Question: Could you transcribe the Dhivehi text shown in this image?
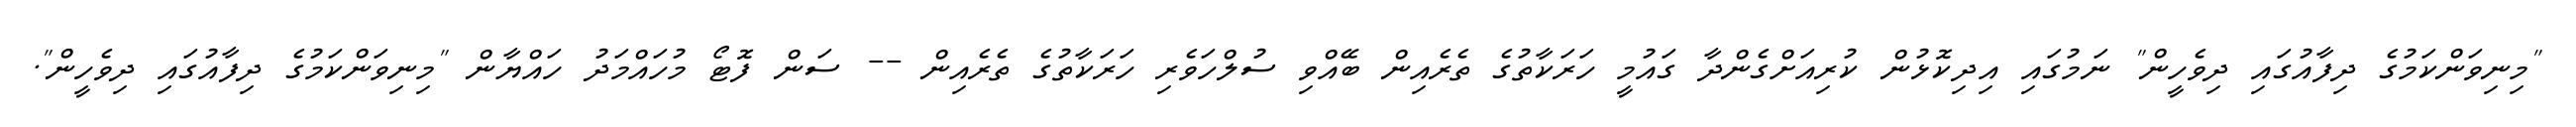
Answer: "މިނިވަންކަމުގެ ދިފާއުގައި ދިވެހީން" ނަމުގައި އިދިކޮޅުން ކުރިއަށްގެންދާ ގައުމީ ހަރަކާތުގެ ތެރެއިން ބޭއްވި ސުލްހަވެރި ހަރަކާތުގެ ތެރެއިން -- ސަން ފޮޓޯ މުހައްމަދު ހައްޔާން "މިނިވަންކަމުގެ ދިފާއުގައި ދިވެހީން".